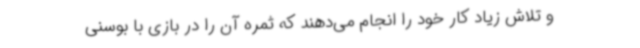
و تلاش زیاد کار خود را انجام می‌دهند که ثمره آن را در بازی با بوسنی